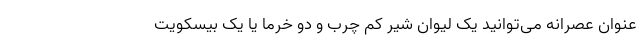
عنوان عصرانه می‌توانید یک لیوان شیر کم چرب و دو خرما یا یک بیسکویت